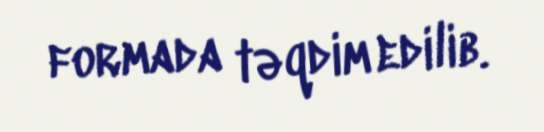
formada təqdim edilib.